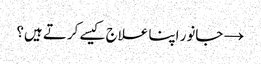
→ جانور اپنا علاج کیسے کرتے ہیں؟